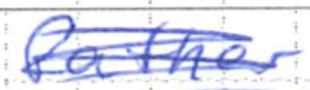
Text: father
Cross-out: mix
Writing tool: ballpoint